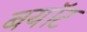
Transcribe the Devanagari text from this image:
बयॉट